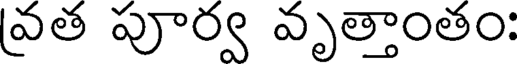
వ్రత పూర్వ వృత్తాంతం: